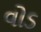
વોડ